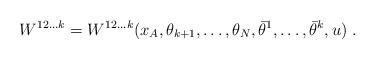
LaTeX: \begin{align*} W^{12\ldots k} = W^{12\ldots k}(x_A,\theta_{k+1},\ldots,\theta_{N},\bar\theta^1,\ldots,\bar\theta^k, u)\;.\end{align*}